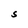
Character: S